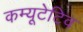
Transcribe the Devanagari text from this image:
कम्यूटेटिव